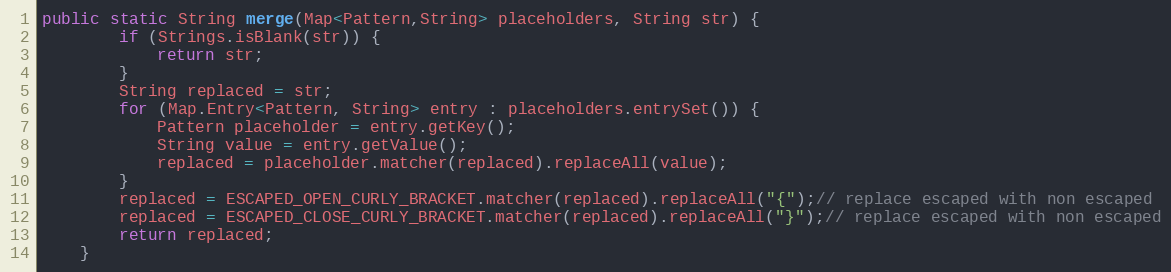
Language: Java
public static String merge(Map<Pattern,String> placeholders, String str) {
        if (Strings.isBlank(str)) {
            return str;
        }
        String replaced = str;
        for (Map.Entry<Pattern, String> entry : placeholders.entrySet()) {
            Pattern placeholder = entry.getKey();
            String value = entry.getValue();
            replaced = placeholder.matcher(replaced).replaceAll(value);
        }
        replaced = ESCAPED_OPEN_CURLY_BRACKET.matcher(replaced).replaceAll("{");// replace escaped with non escaped
        replaced = ESCAPED_CLOSE_CURLY_BRACKET.matcher(replaced).replaceAll("}");// replace escaped with non escaped
        return replaced;
    }